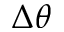
\Delta \theta